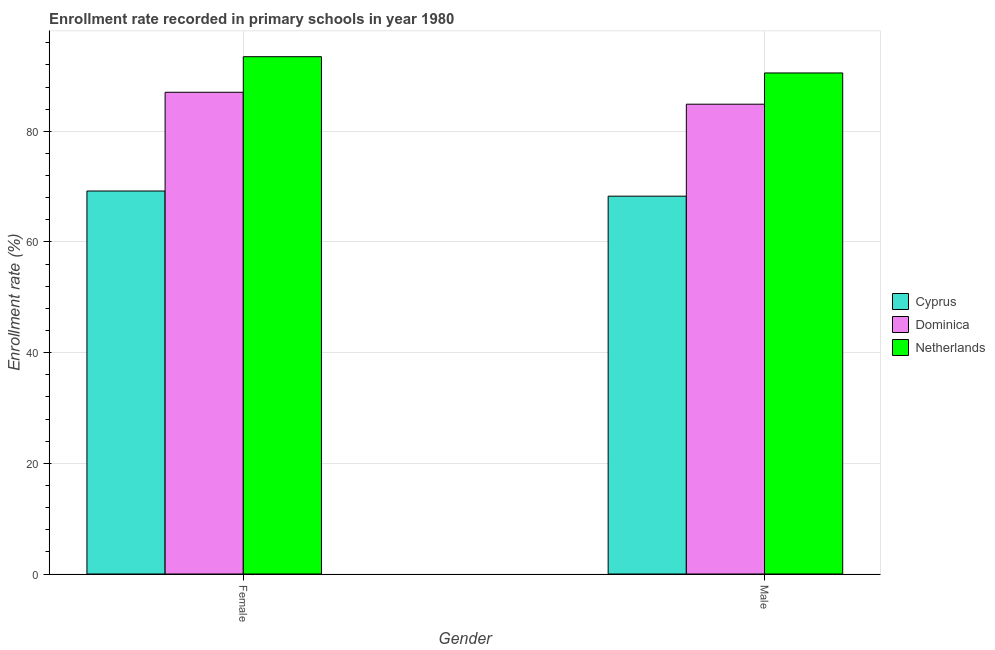
| Gender | Cyprus | Dominica | Netherlands |
 | --- | --- | --- | --- |
 | Female | 69.2 | 87.1 | 93.5 |
 | Male | 68.3 | 84.9 | 90.5 |